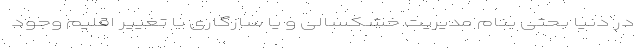
در دنیا بحثی بنام مدیریت خشکسالی و یا سازگاری با تغییر اقلیم وجود